65_HS1-834228961_62-HQ-83894_Section_3
Agency: FBI
Page 21
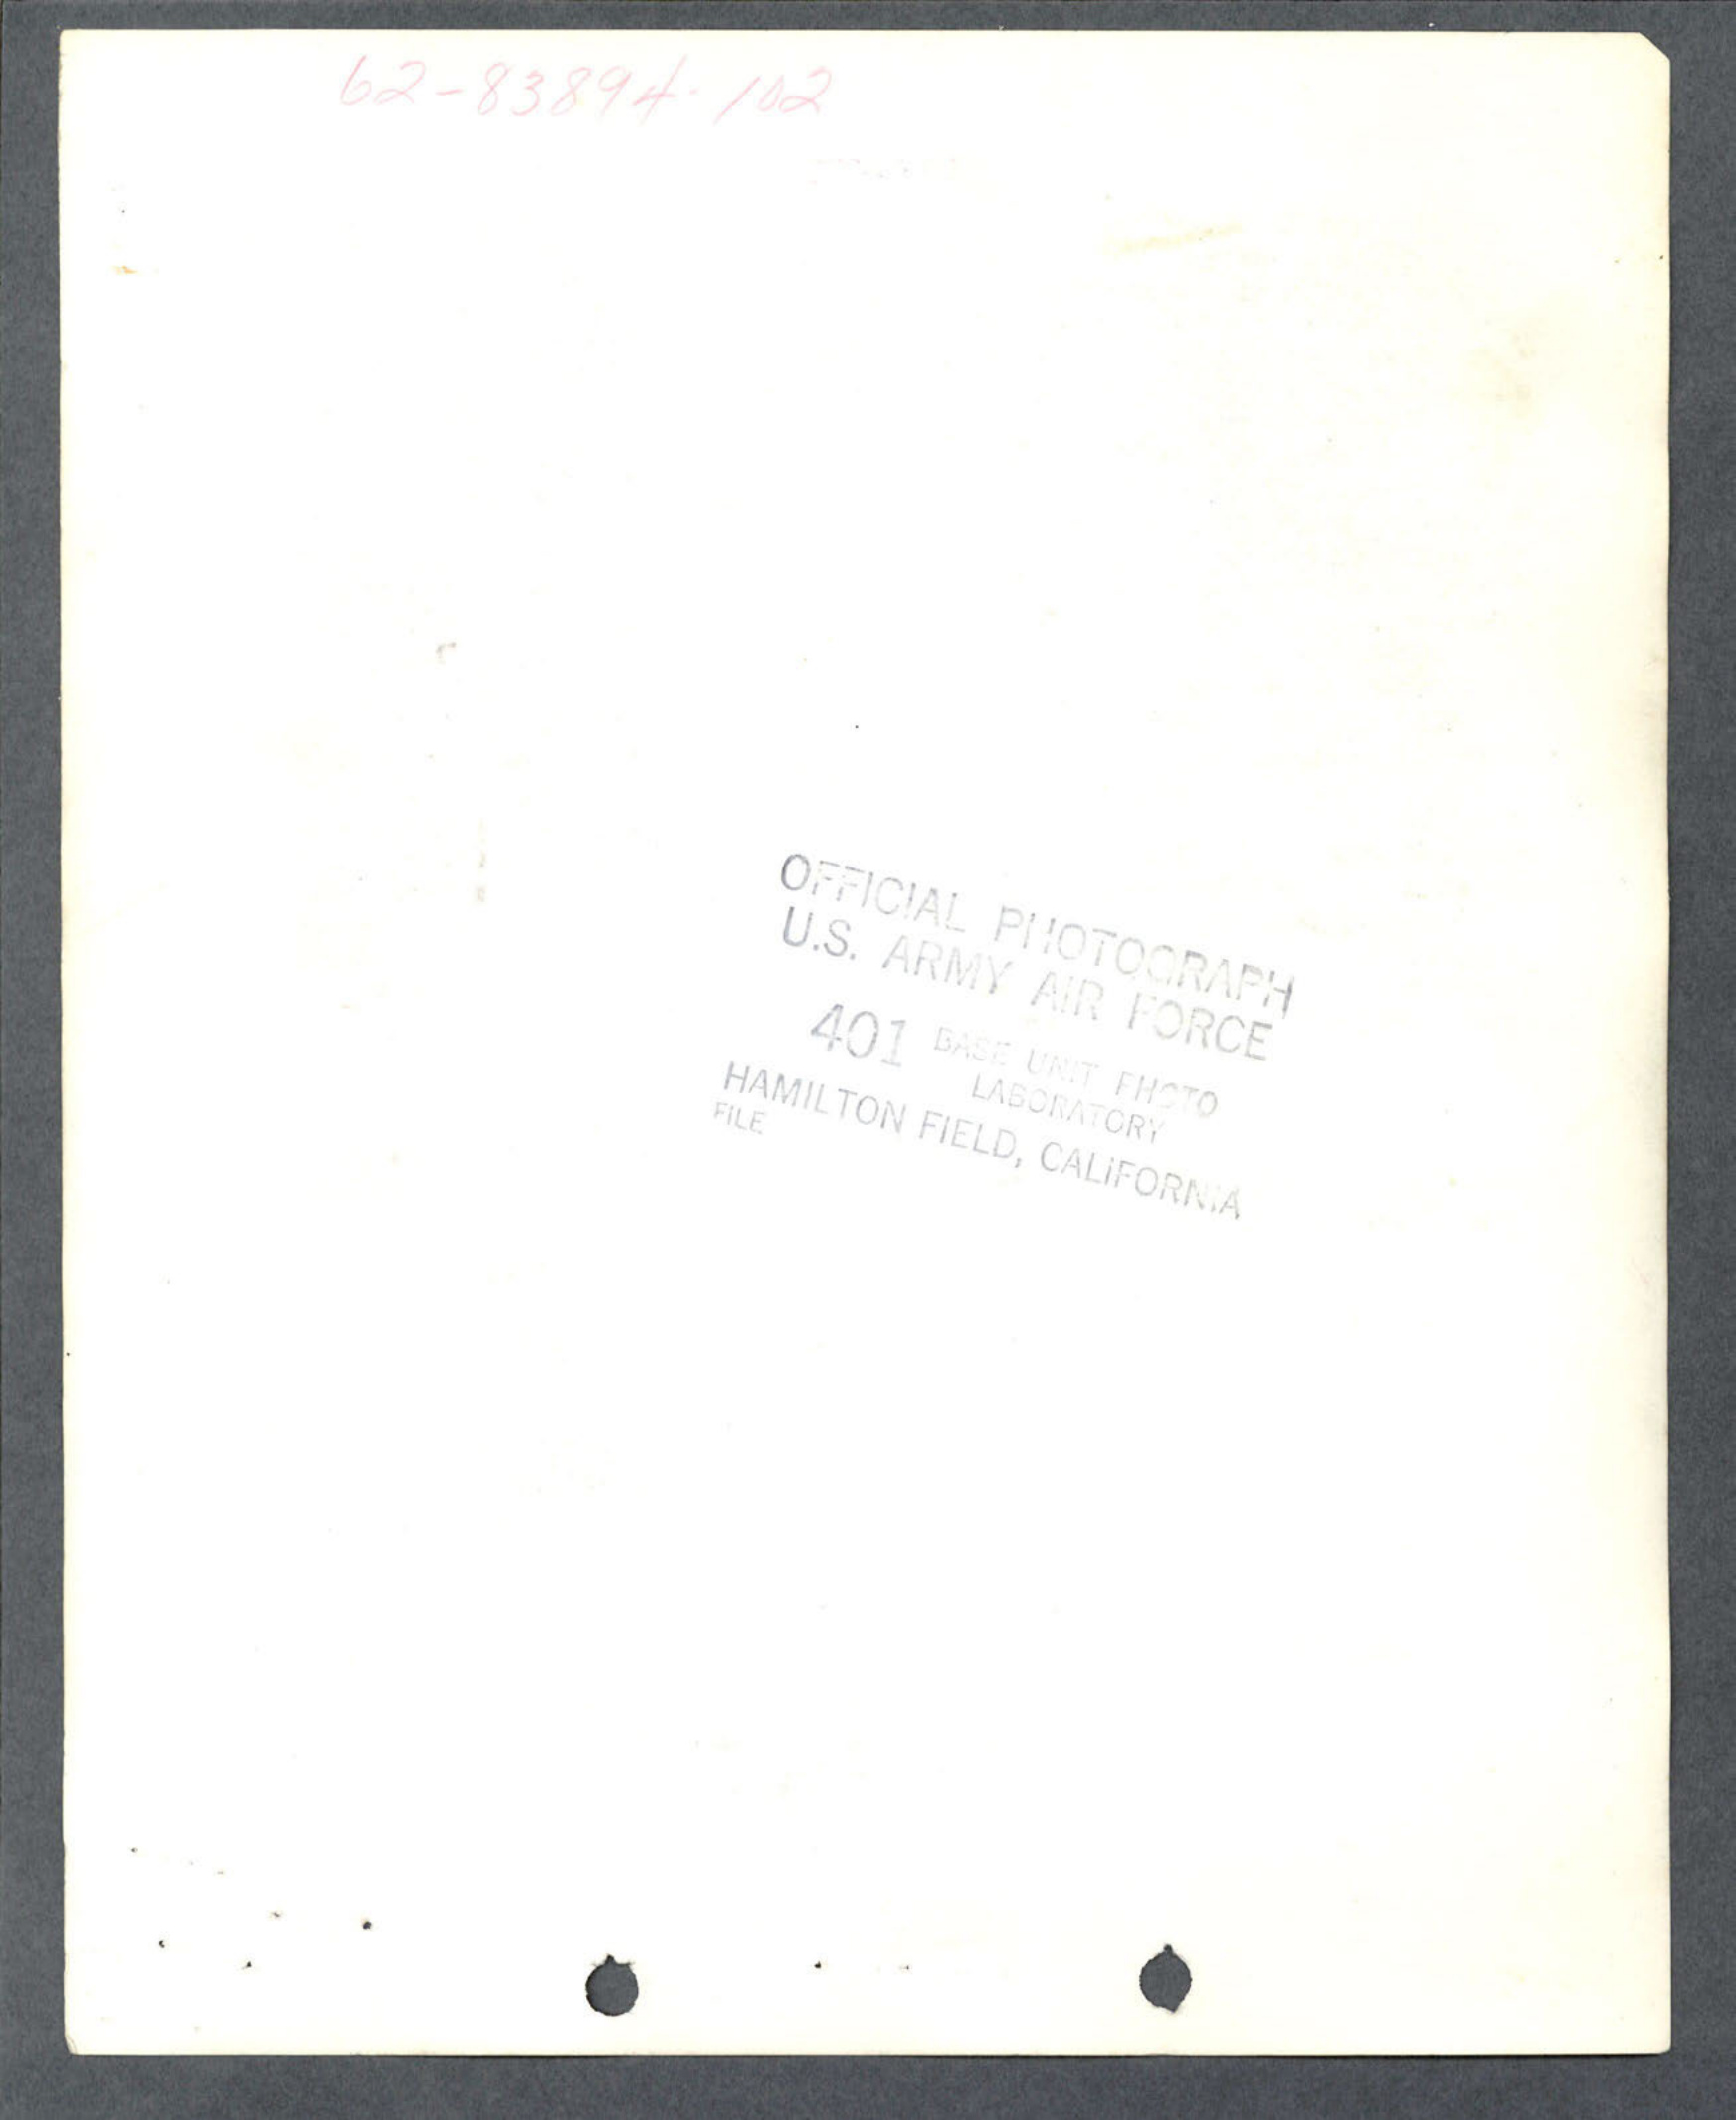